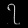
Digit: ၇